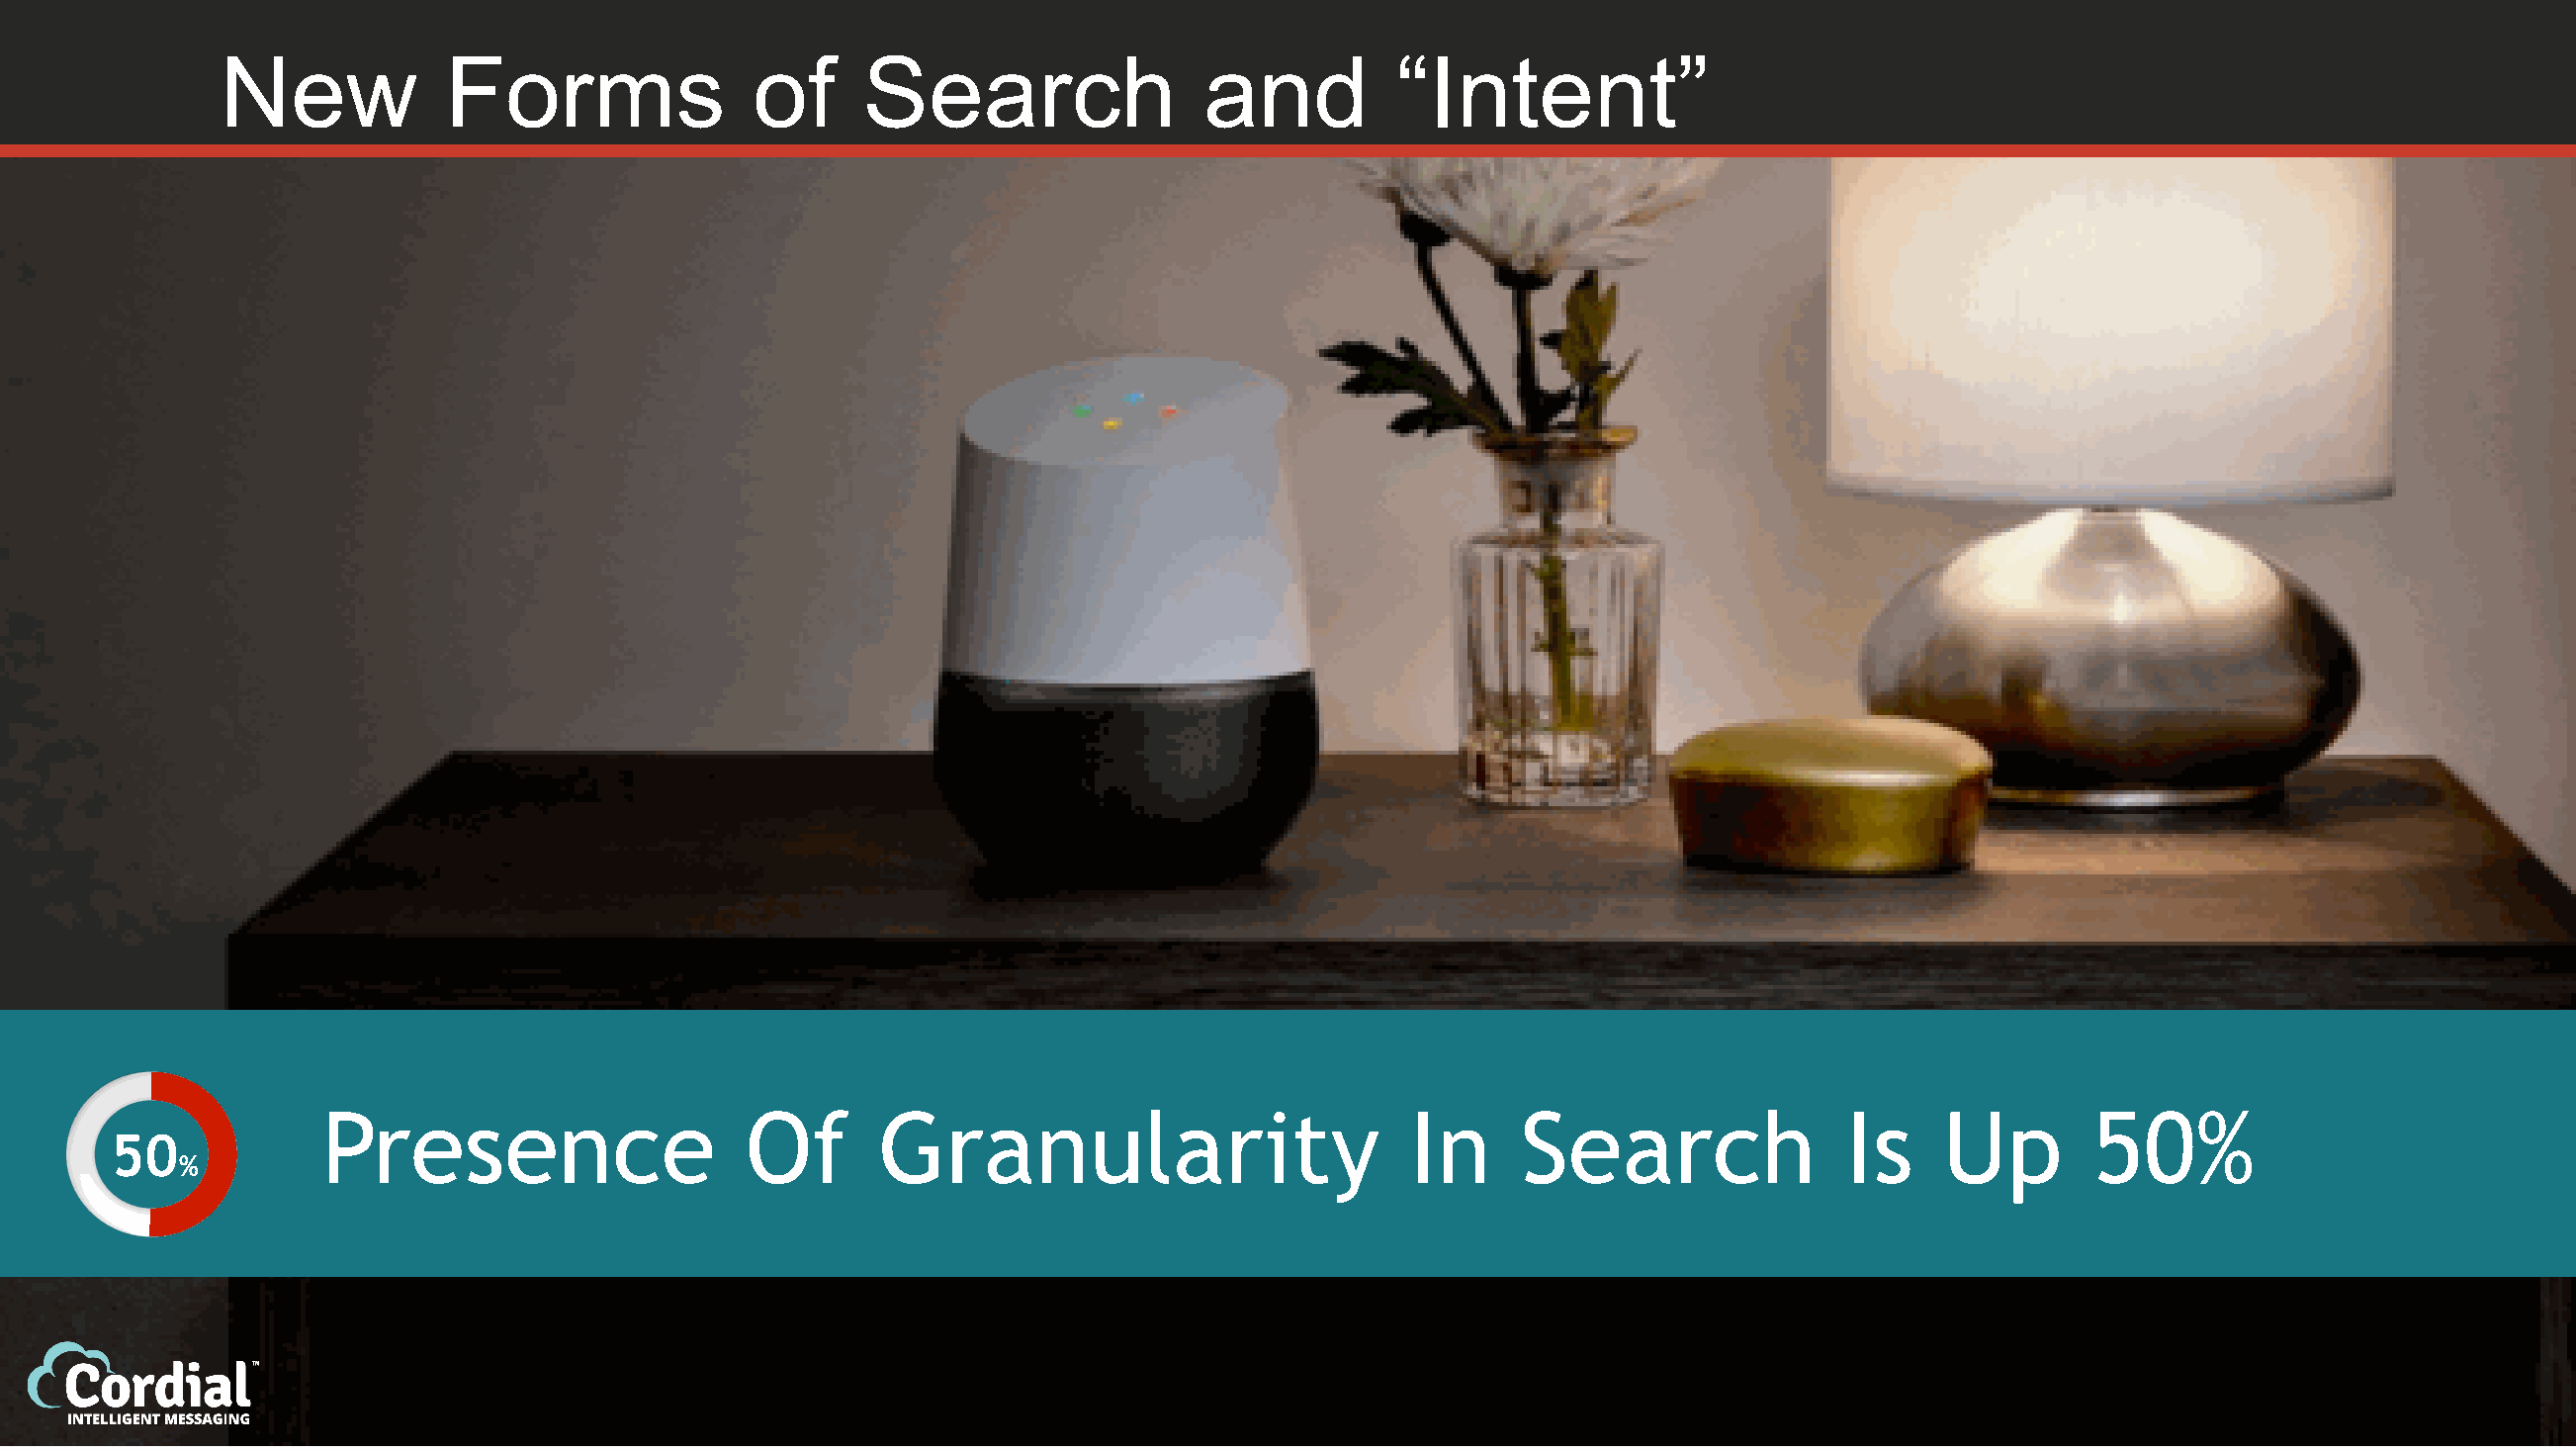
New            Forms               of      Search                 and         “Intent”
 Presence                    Of       Granularity                        In      Search                Is    Up        50%
 50
 %